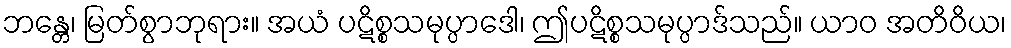
ဘန္တေ၊ မြတ်စွာဘုရား။ အယံ ပဋိစ္စသမုပ္ပာဒေါ၊ ဤပဋိစ္စသမုပ္ပာဒ်သည်။ ယာဝ အတိဝိယ၊